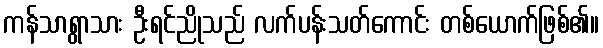
ကန်သာရွာသား ဦးရင်ညိုသည် လက်ပန်းသတ်ကောင်း တစ်ယောက်ဖြစ်၏။